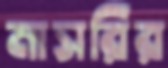
মাসরির